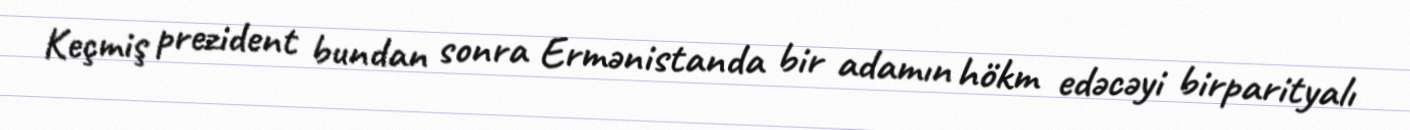
Keçmiş prezident bundan sonra Ermənistanda bir adamın hökm edəcəyi birparityalı